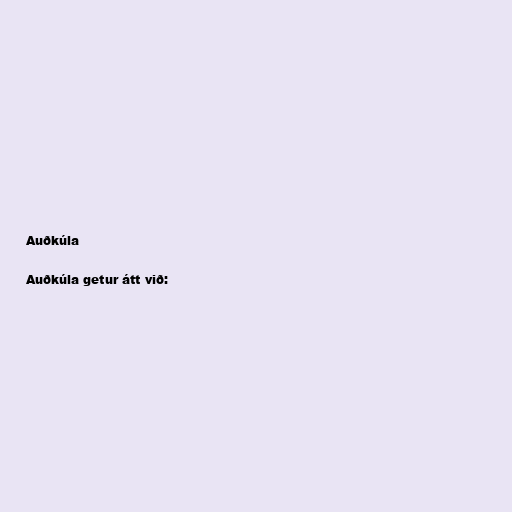
Auðkúla

Auðkúla getur átt við: